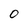
Character: o